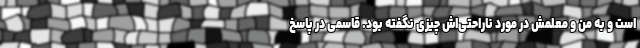
است و به من و معلمش در مورد ناراحتی‌اش چیزی نگفته بود. قاسمی در پاسخ